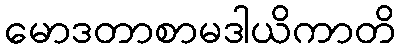
မောဒတာစာမဒါယိကာတိ